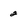
Character: 2